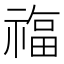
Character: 𮂊